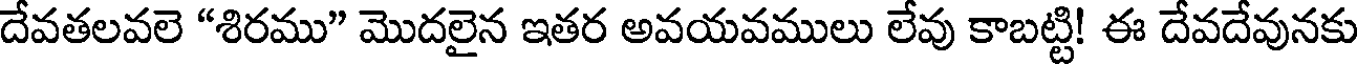
దేవతలవలె "శిరము" మొదలైన ఇతర అవయవములు లేవు కాబట్టి! ఈ దేవదేవునకు